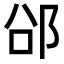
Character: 𮟲